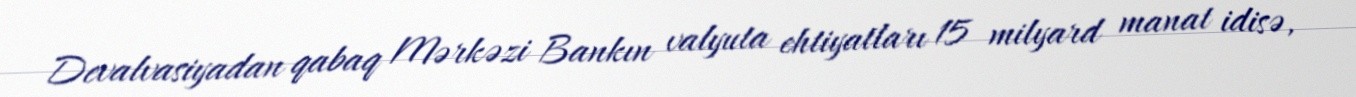
Devalvasiyadan qabaq Mərkəzi Bankın valyuta ehtiyatları 15 milyard manat idisə,